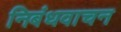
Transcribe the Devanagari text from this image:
निबंधवाचन